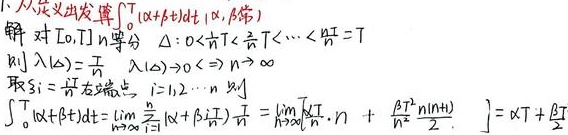
从定义出发算\(\int_{0}^{T} (\alpha + \beta t)dt \ (\alpha,\beta)\)。
解：对\([0,T]\) \(n\)等分：\(\Delta: 0<\frac{T}{n}<\frac{2T}{n}<\cdots<\frac{nT}{n}=T\)。
则\(\lambda(\Delta)=\frac{T}{n}\)，\(\lambda(\Delta)\to 0 \Leftrightarrow n\to \infty\)。
取\(\xi_i = \frac{iT}{n}\)（右端点），\(i = 1,2,\cdots,n\)。则
\[\begin{align*}
\int_{0}^{T}(\alpha+\beta t)dt&=\lim_{n \to \infty}\sum_{i = 1}^{n}(\alpha+\beta \frac{iT}{n})\frac{T}{n}\\
&=\lim_{n \to \infty}\left[\alpha \frac{T}{n}\cdot n+\frac{\beta T^{2}}{n^{2}}\cdot\frac{n(n + 1)}{2}\right]\\
&=\alpha T+\frac{\beta T^{2}}{2}
\end{align*}\]